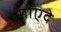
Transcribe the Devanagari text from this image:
मोएदे